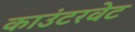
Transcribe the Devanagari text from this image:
काउंटरवेट